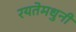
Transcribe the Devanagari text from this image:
रयतेमधुनी